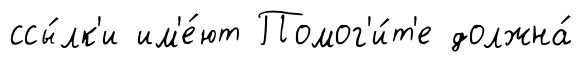
ссы́лк'и им'е́ют Помог'и́т'е должна́